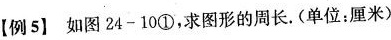
【例5】如图24-10①，求图形的周长.(单位：厘米)